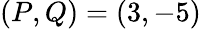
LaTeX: (P,Q)=(3,-5)